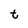
Character: t